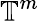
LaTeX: \mathbb{T}^{m}